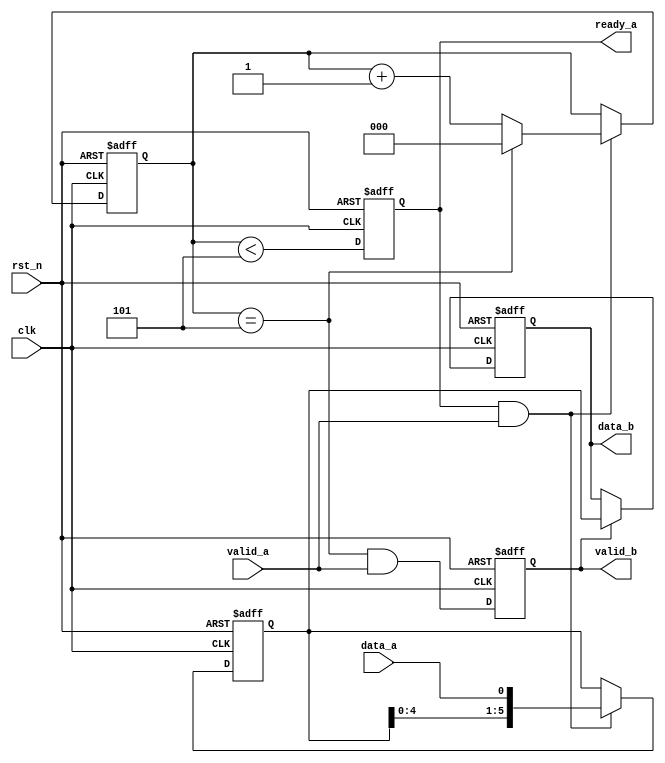
module s_to_p (
    input wire clk,
    input wire rst_n,
    input wire valid_a,
    input wire data_a,
    output reg ready_a,
    output reg valid_b,
    output reg [5:0] data_b
);

    // Internal signal declaration
    reg [2:0] count;  // 3-bit counter to count up to 6
    reg [5:0] shift_reg;  // Shift register to hold the incoming bits

    // Counter logic
    always @(posedge clk or negedge rst_n) begin
        if (!rst_n) begin
            count <= 3'd0;
        end else if (ready_a && valid_a) begin
            if (count == 3'd5) begin
                count <= 3'd0;  // Reset the counter after 6 bits are received
            end else begin
                count <= count + 1'b1;
            end
        end
    end

    // Control logic for ready_a and valid_b signals
    always @(posedge clk or negedge rst_n) begin
        if (!rst_n) begin
            ready_a <= 1'b0;
            valid_b <= 1'b0;
        end else begin
            ready_a <= (count < 3'd5);  // Ready to receive more bits until 6 bits are received
            valid_b <= (count == 3'd5) && valid_a;  // Output is valid when 6 bits are received
        end
    end

    // Shift register to store incoming bits
    always @(posedge clk or negedge rst_n) begin
        if (!rst_n) begin
            shift_reg <= 6'b0;
        end else if (ready_a && valid_a) begin
            shift_reg <= {shift_reg[4:0], data_a};  // Shift in the new bit at the lowest position
        end
    end

    // Assign the concatenated data to data_b when valid
    always @(posedge clk or negedge rst_n) begin
        if (!rst_n) begin
            data_b <= 6'b0;
        end else if (valid_b) begin
            data_b <= shift_reg;
        end
    end

endmodule